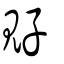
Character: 覎